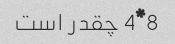
8*4 چقدر است